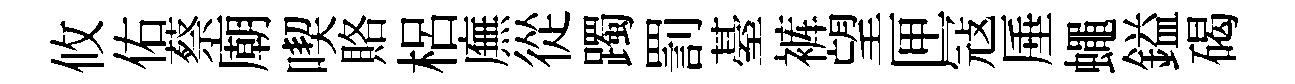
攸佑蔡廟喫賂梠廡從躅罰䑓裤望匣冦厜蠅鎰碣